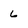
Character: 6